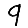
Digit: 9